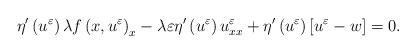
LaTeX: \begin{align*} \eta'\left(u^{\varepsilon}\right)\lambda f\left(x,u^{\varepsilon}\right)_{x}- \lambda\varepsilon \eta'\left(u^{\varepsilon}\right)u^{\varepsilon}_{xx} + \eta'\left(u^{\varepsilon}\right)\left[u^{\varepsilon}-w\right]=0. \end{align*}